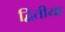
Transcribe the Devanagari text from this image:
द्बितीया